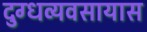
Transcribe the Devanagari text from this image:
दुग्धव्यवसायास